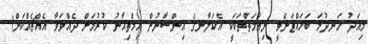
މިއަދު ހަނދުމަ ބަހައްޓަންވީ ނިޢުމަތްތަކަކީ އެކަލާނގެ އިންސާނުން އިމްތިޙާނު ކުރުމަށް ދެއްވަވާ އެއްޗެއްކަން!